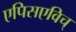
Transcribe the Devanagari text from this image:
एपिसएविच्